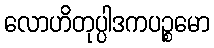
လောဟိတုပ္ပါဒကပဉ္စမော